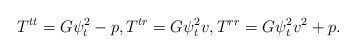
\begin{align*} T^{tt}=G\psi_t^2-p,T^{tr}=G\psi_t^2v,T^{rr}=G\psi_t^2v^2+p.\end{align*}